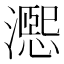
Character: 𪷨